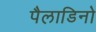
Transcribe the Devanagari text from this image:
पैलाडिनो